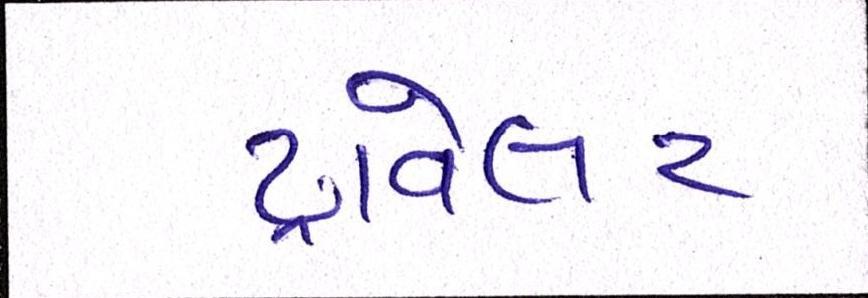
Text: ટ્રાવેલર